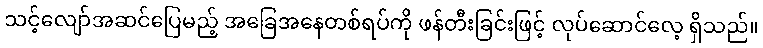
သင့်လျော်အဆင်ပြေမည့် အခြေအနေတစ်ရပ်ကို ဖန်တီးခြင်းဖြင့် လုပ်ဆောင်လေ့ ရှိသည်။